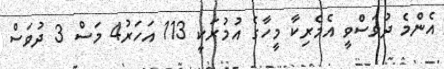
އެންމެ ދުވަސްވީ އެމެރިކާ މީހާގެ އުމުރަކީ 113 އަަހަރު4 މަސް 3 ދުވަސް